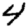
Digit: 4